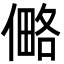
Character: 㑼